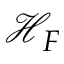
\mathcal { H } _ { F }